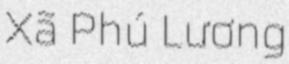
Xã Phú Lương